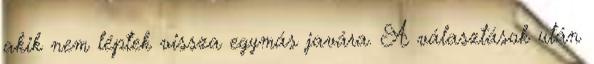
akik nem léptek vissza egymás javára. A választások után